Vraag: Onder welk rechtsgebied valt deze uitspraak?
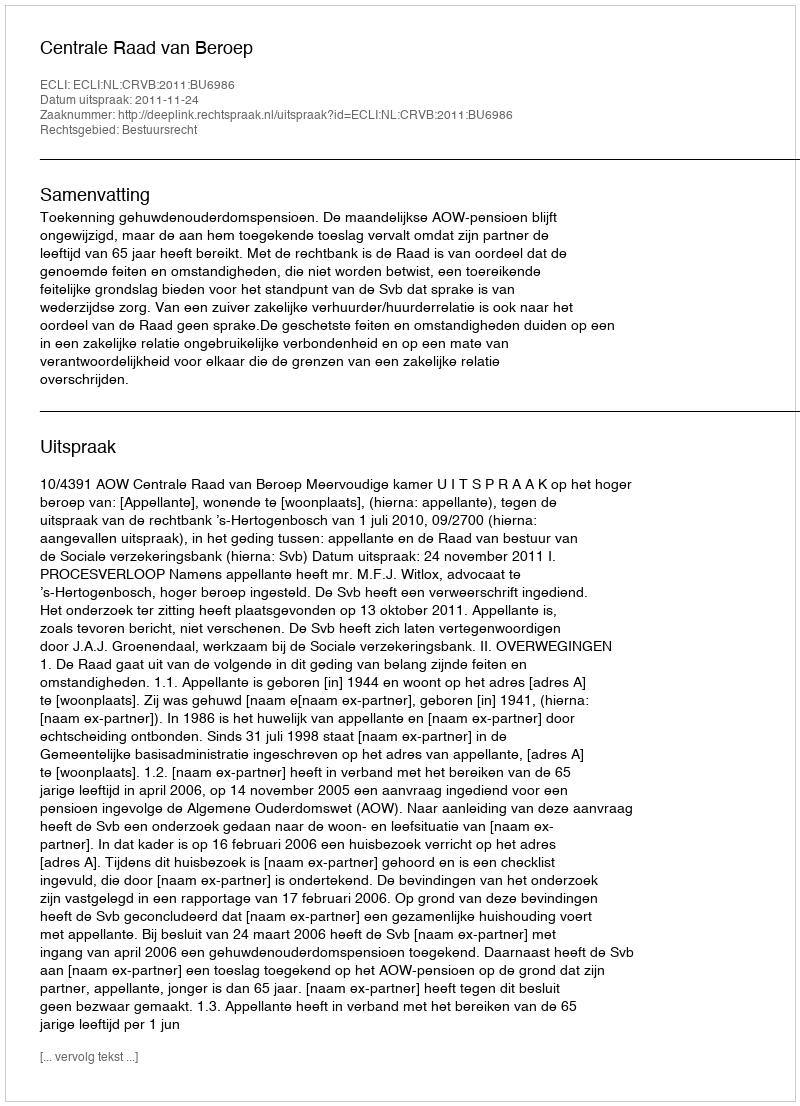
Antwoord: Bestuursrecht